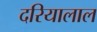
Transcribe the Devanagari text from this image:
दरियालाल